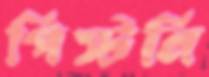
পিস্টলি